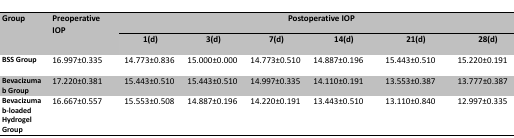
| <ROWSPAN=2> Group | <ROWSPAN=2> Preoperative IOP | <COLSPAN=6> Postoperative IOP |
 | 1(d) | 3(d) | 7(d) | 14(d) | 21(d) | 28(d) |
 | --- | --- | --- | --- | --- | --- | --- | --- |
 | BSS Group | 16.997±0.335 | 14.773±0.836 | 15.000±0.000 | 14.773±0.510 | 14.887±0.196 | 15.443±0.510 | 15.220±0.191 |
 | Bevacizumab Group | 17.220±0.381 | 15.443±0.510 | 15.443±0.510 | 14.997±0.335 | 14.110±0.191 | 13.553±0.387 | 13.777±0.387 |
 | Bevacizumab-loaded Hydrogel Group | 16.667±0.557 | 15.553±0.508 | 14.887±0.196 | 14.220±0.191 | 13.443±0.510 | 13.110±0.840 | 12.997±0.335 |